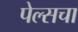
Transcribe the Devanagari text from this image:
पेल्सचा